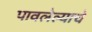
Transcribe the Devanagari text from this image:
पावलेल्याचे